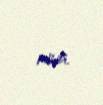
növü.